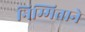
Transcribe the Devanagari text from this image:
निम्मित्ताने